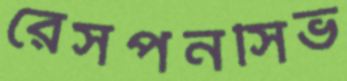
রেসপনসিভ